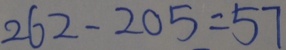
2 6 2 - 2 0 5 = 5 7